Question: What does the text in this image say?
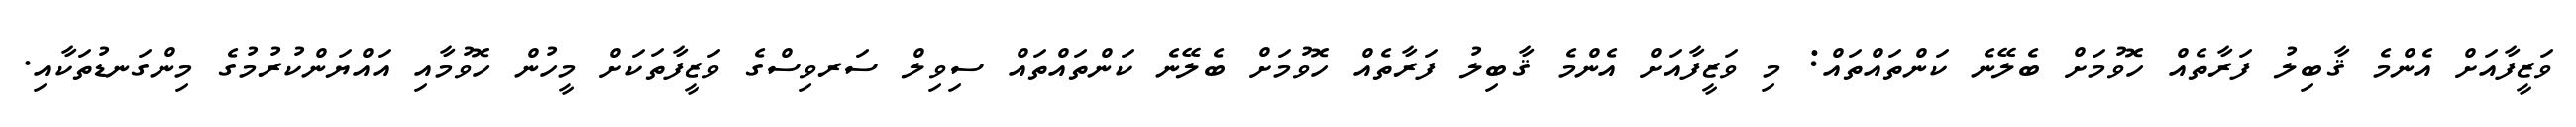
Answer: ވަޒީފާއަށް އެންމެ ޤާބިލު ފަރާތެއް ހޮވުމަށް ބެލޭނެ ކަންތައްތައް: މި ވަޒީފާއަށް އެންމެ ޤާބިލު ފަރާތެއް ހޮވުމަށް ބެލޭނެ ކަންތައްތައް ސިވިލް ސަރވިސްގެ ވަޒީފާތަކަށް މީހުން ހޮވުމާއި އައްޔަންކުރުމުގެ މިންގަނޑުތަކާއި.